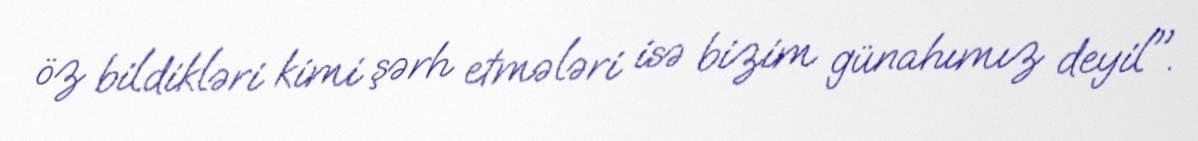
öz bildikləri kimi şərh etmələri isə bizim günahımız deyil".